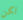
لكن